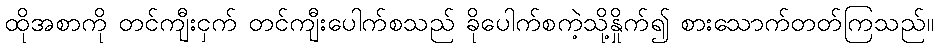
ထိုအစာကို တင်ကျီးငှက် တင်ကျီးပေါက်စသည် ခိုပေါက်စကဲ့သို့နှိုက်၍ စားသောက်တတ်ကြသည်။